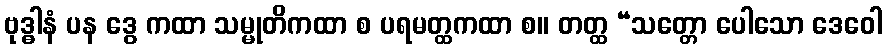
ဗုဒ္ဓါနံ ပန ဒွေ ကထာ သမ္မုတိကထာ စ ပရမတ္ထကထာ စ။ တတ္ထ “သတ္တော ပေါသော ဒေဝေါ